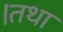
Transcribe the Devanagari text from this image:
।तथा